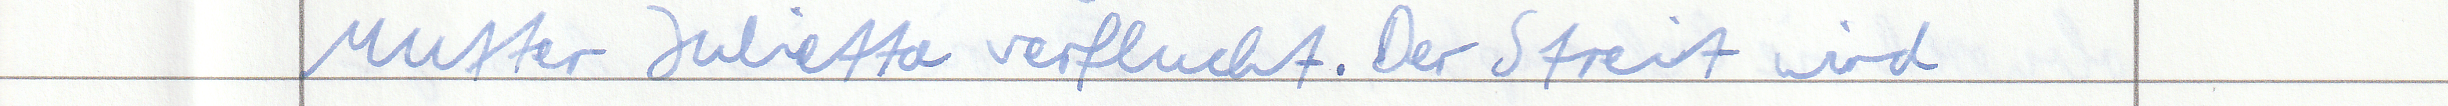
Mutter Julietta verflucht. Der Streit wird